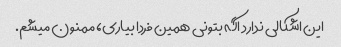
این اشکالی ندارد اگه بتونی همین فردا بیاری، ممنون میشم.